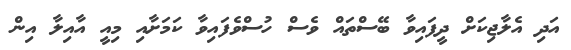
އަދި އެލާޖިކަށް ދީފައިވާ ބޭސްތައް ވެސް ހުސްވެފައިވާ ކަމަށާއި މިއީ އާއިލާ އިން